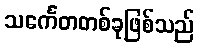
သင်္ကေတတစ်ခုဖြစ်သည်